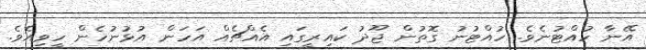
އޭނާ ހުއްޓުނެވެ. ހުއްޓުނު ގޮތުން ޖޫދު ކައިރީގައި އެއްޗެއް އަހަން އުޅުނުހެން ހީވިއެވެ.